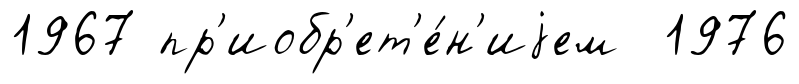
1967 пр'иобр'ет'е́н'иjем 1976